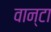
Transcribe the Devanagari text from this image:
वान्टा